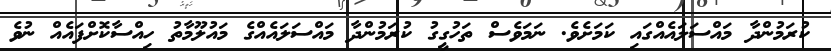
ކުރަމުންދާ މައްސަލައެއްގައި ކަމަށެވެ. ނަމަވެސް ތަހުގީގު ކުރަމުންދާ މައްސަލައެއްގެ މައުލޫމާތު ހިއްސާކޮށްފައެއް ނުވެ